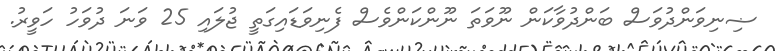
ޟިނިވަންދުވަސް ބަންދުވާކަން ނޫވަތަ ނޫންކަންވެސް ފެނިވަޑައިގަތީ ޖުލައި 25 ވަނަ ދުވަހު ހަވީރު.